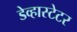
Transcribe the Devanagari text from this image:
डेव्हास्टेटर